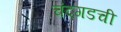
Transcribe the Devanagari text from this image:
चंदगडची